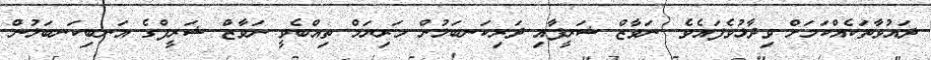
ދައުވާތަކެއްކަމަށް ވިދާޅުވެފައެވެ. ނަވާޒް ޝަރީފާއި ދަރިކަނބަލުން މަރިޔަމް ތިއްބެވީ ނަވާޒް ޝަރީފްގެ އަނބިކަނބަލުން